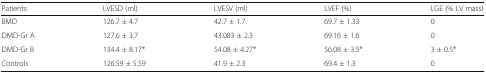
<table><thead><tr><td><b>Patients</b></td><td><b>LVESD (ml)</b></td><td><b>LVESV (ml)</b></td><td><b>LVEF (%)</b></td><td><b>LGE (% LV mass)</b></td></tr></thead><tbody><tr><td>BMD</td><td>126.7 ± 4.7</td><td>42.7 ± 1.7</td><td>69.7 ± 1.33</td><td>0</td></tr><tr><td>DMD-Gr A</td><td>127.6 ± 3.7</td><td>43.083 ± 2.3</td><td>69.16 ± 1.6</td><td>0</td></tr><tr><td>DMD-Gr B</td><td>134.4 ± 8.17*</td><td>54.08 ± 4.27*</td><td>56.08 ± 3.5*</td><td>3 ± 0.5*</td></tr><tr><td>Controls</td><td>126.59 ± 5.59</td><td>41.9 ± 2.3</td><td>69.4 ± 1.3</td><td>0</td></tr></tbody></table>